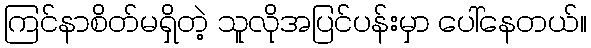
ကြင်နာစိတ်မရှိတဲ့ သူလိုအပြင်ပန်းမှာ ပေါ်နေတယ်။